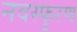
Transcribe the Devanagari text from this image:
नवस्फुरण